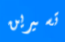
تسيرين